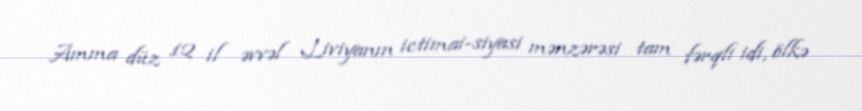
Amma düz 12 il əvvəl Liviyanın ictimai-siyasi mənzərəsi tam fərqli idi, ölkə